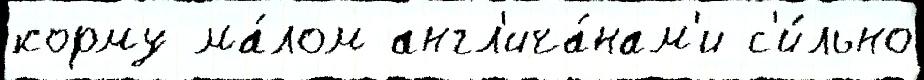
корму ма́лом англ'ича́нам'и с'и́льно